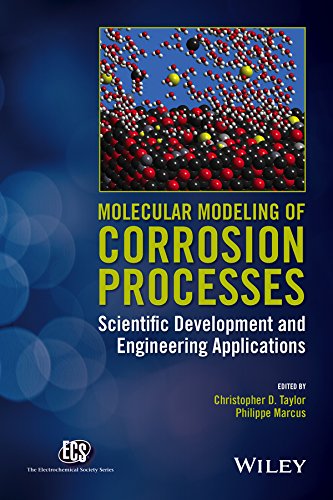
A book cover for Molecular Modeling of Corrosion Processes: Scientific Development and Engineering Applications (The ECS Series of Texts and Monographs); Science & Math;